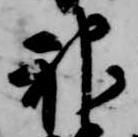
神